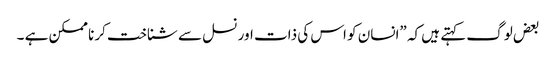
بعض لوگ کہتے ہیں کہ ”انسان کو اس کی ذات اور نسل سے شناخت کرنا ممکن ہے ۔